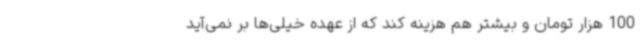
100 هزار تومان و بیشتر هم هزینه کند که از عهده خیلی‌ها بر نمی‌آید